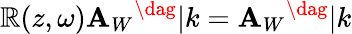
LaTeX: \mathbb{R}(z,\omega)\mathbf{A}_{W}{}^{\dag}|k=\mathbf{A}_{W}{}^{\dag}|k